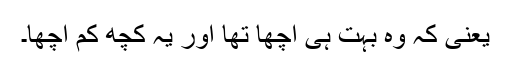
یعنی کہ وہ بہت ہی اچھا تھا اور یہ کچھ کم اچھا۔